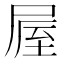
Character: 𡲃